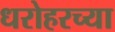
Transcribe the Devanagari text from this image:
धरोहरच्या